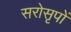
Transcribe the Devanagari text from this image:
सरोसृपों